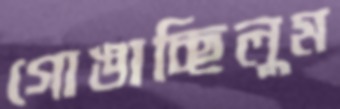
গোঙাচ্ছিলুম